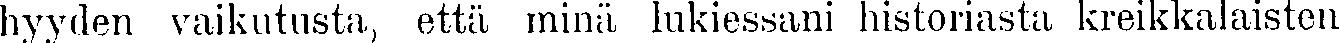
hyyden vaikutusta, että minä lukiessani historiasta kreikkalaisten